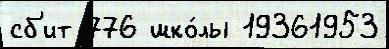
сб'ит 776 шко́лы 19361953